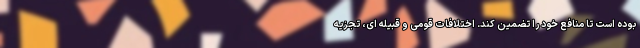
بوده است تا منافع خود را تضمین کند. اختلافات قومی و قبیله ای، تجزیه